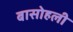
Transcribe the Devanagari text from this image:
बासोहली